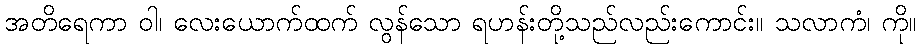
အတိရေကာ ဝါ၊ လေးယောက်ထက် လွန်သော ရဟန်းတို့သည်လည်းကောင်း။ သလာကံ၊ ကို။